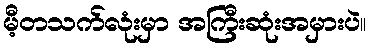
မီ့တသက်လုံးမှာ အကြီးဆုံးအမှားပဲ။